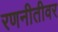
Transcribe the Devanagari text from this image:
रणनीतीवर